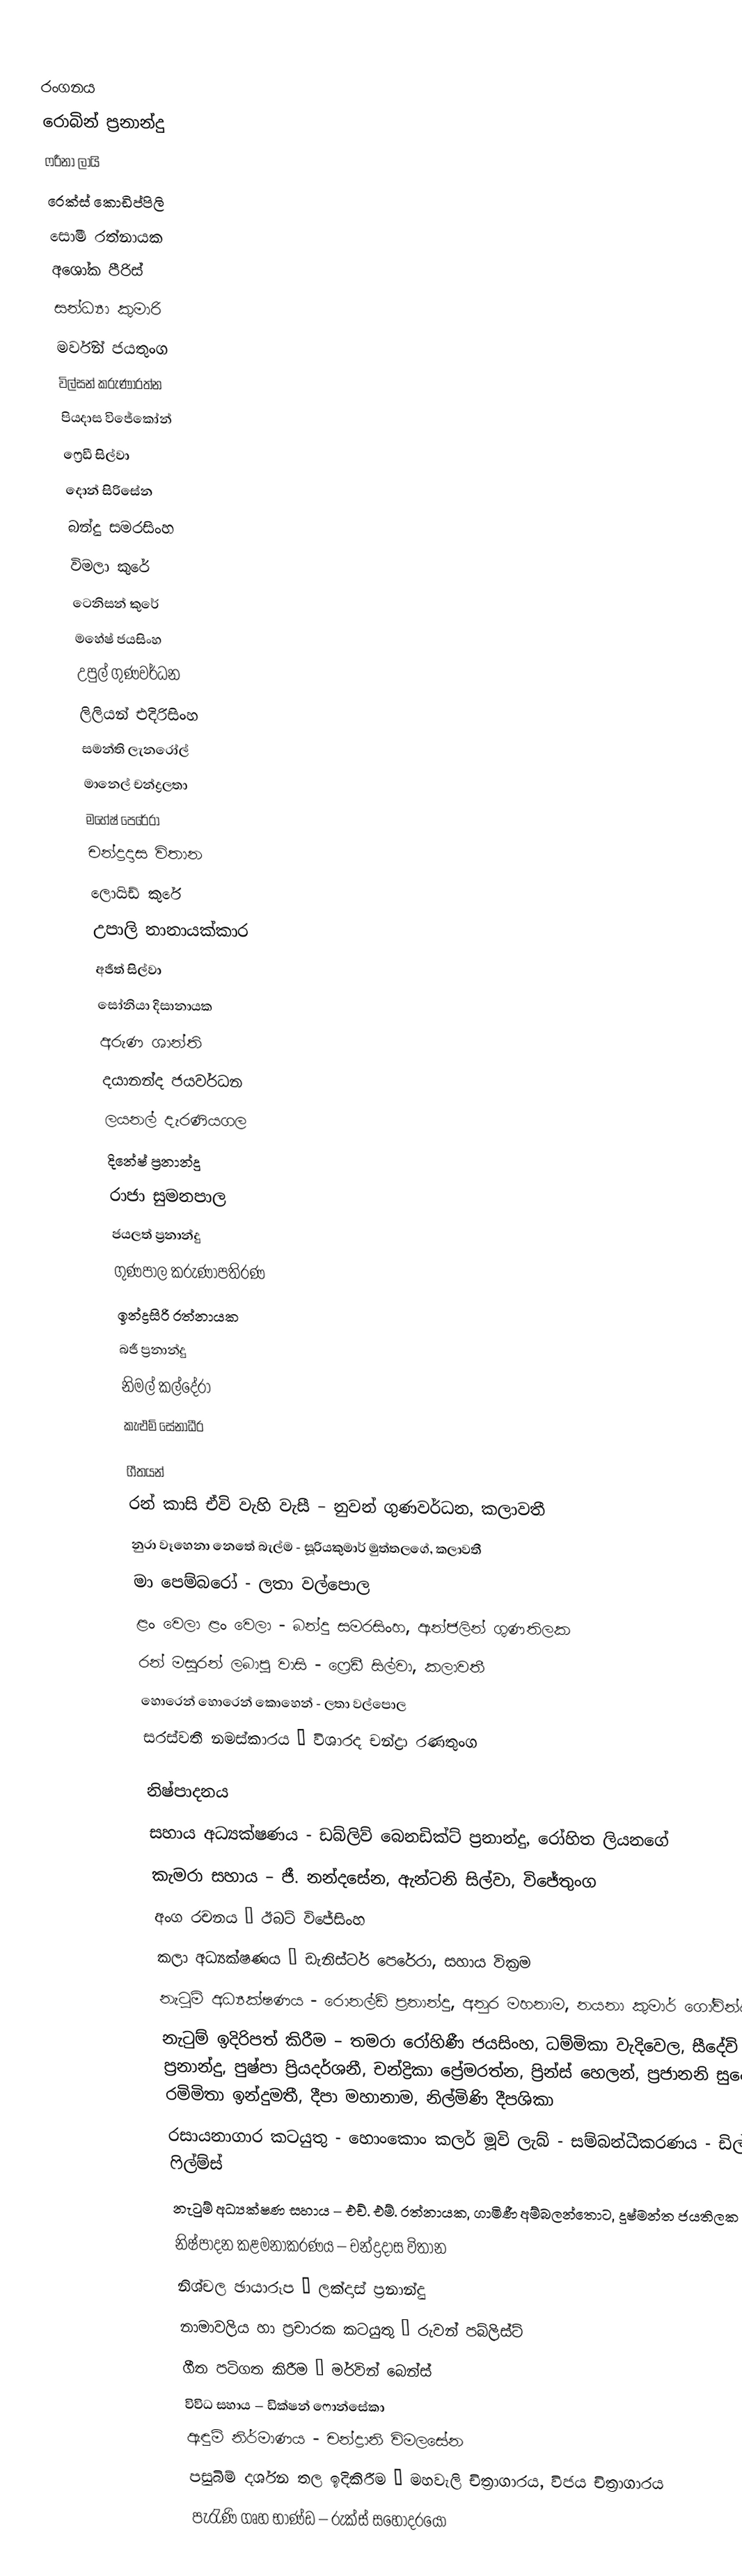

රංගනය
රොබින් ප්‍රනාන්දු
ෆරීනා ලායි
රෙක්ස් කොඩිප්පිලි
සොමී රත්නායක
අශෝක පීරිස්
සන්ධ්‍යා කුමාරි
මර්වින් ජයතුංග
විල්සන් කරුණාරත්න
පියදාස විජේකෝන්
ෆ්‍රෙඩී සිල්වා
දොන් සිරිසේන
බන්දු සමරසිංහ
විමලා කුරේ
ටෙනිසන් කුරේ
මහේෂ් ජයසිංහ
උපුල් ගුණවර්ධන
ලිලියන් එදිරිසිංහ
සමන්ති ලැනරෝල්
මානෙල් චන්ද්‍රලතා
මහේෂ් පෙරේරා
චන්ද්‍රදාස විතාන
ලොයිඩ් කුරේ
උපාලි නානායක්කාර
අජිත් සිල්වා
සෝනියා දිසානායක
අරුණ ශාන්ති
දයානන්ද ජයවර්ධන
ලයනල් දැරණියගල
දිනේෂ් ප්‍රනාන්දු
රාජා සුමනපාල
ජයලත් ප්‍රනාන්දු
ගුණපාල කරුණාපතිරණ
ඉන්ද්‍රසිරි රත්නායක
බජී ප්‍රනාන්දු
නිමල් කල්දේරා
කැළුම් සේනාධීර

ගීතයන්
රන් කාසි ඒවි වැහි වැසී – නුවන් ගුණවර්ධන, කලාවතී
නුරා වෑහෙනා නෙතේ බැල්ම - සූරියකුමාර් මුත්තලගේ, කලාවතී
මා පෙම්බරෝ - ලතා වල්පොල
ළං වෙලා ළං වෙලා - බන්දු සමරසිංහ, ඇන්ජලින් ගුණතිලක
රන් මසුරන් ලබාපු වාසි - ෆ්‍රෙඩී සිල්වා, කලාවතී
හොරෙන් හොරෙන් කොහෙන් - ලතා වල්පොල
සරස්වතී නමස්කාරය – විශාරද චන්ද්‍රා රණතුංග

නිෂ්පාදනය
සහාය අධ්‍යක්ෂණය - ඩබ්ලිව් බෙනඩික්ට් ප්‍රනාන්දු, රෝහිත ලියනගේ
කැමරා සහාය – ජී. නන්දසේන, ඇන්ටනි සිල්වා, විජේතුංග
අංග රචනය – ඊබට් විජේසිංහ
කලා අධ්‍යක්ෂණය – ඩැනිස්ටර් පෙරේරා, සහාය වික්‍රම
නැටුම් අධ්‍යක්ෂණය - රොනල්ඩ් ප්‍රනාන්දු, අනුර මහනාම, නයනා කුමාර් ගෝවින්ද
නැටුම් ඉදිරිපත් කිරීම – තමරා රෝහිණී ජයසිංහ, ධම්මිකා වැදිවෙල, සීදේවි ප්‍රනාන්දු, පුෂ්පා ප්‍රියදර්ශනී, චන්ද්‍රිකා ප්‍රේමරත්න, ප්‍රින්ස් හෙලන්, ප්‍රජානනි සුදේශිකා රමිමිතා ඉන්දුමතී, දීපා මහානාම, නිල්මිණි දීපශිකා
රසායනාගාර කටයුතු - හොංකොං කලර් මූවි ලැබ් - සම්බන්ධීකරණය - ඩිල් ෆිල්ම්ස්
නැටුම් අධ්‍යක්ෂණ සහාය – එච්. එම්. රත්නායක, ගාමිණී අම්බලන්තොට, දුෂ්මන්ත ජයතිලක
නිෂ්පාදන කළමනාකරණය – චන්ද්‍රදාස විතාන
නිශ්චල ඡායාරූප – ලක්දාස් ප්‍රනාන්දු
නාමාවලිය හා ප්‍රචාරක කටයුතු – රුවන් පබ්ලිස්ට්
ගීත පටිගත කිරීම – මර්වින් බෙන්ස්
විවිධ සහාය – ඩික්ෂන් ෆොන්සේකා
ඇඳුම් නිර්මාණය - චන්ද්‍රානි විමලසේන
පසුබිම් දර්ශන තල ඉදිකිරීම – මහවැලි චිත්‍රාගාරය, විජය චිත්‍රාගාරය
පැරැණි ගෘහ භාණ්ඩ – රුක්ස් සහෝදරයෝ